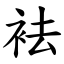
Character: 袪